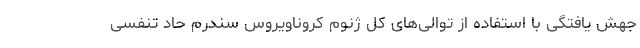
جهش یافتگی با استفاده از توالی‌های کل ژنوم کروناویروس سندرم حاد تنفسی